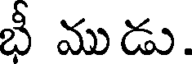
భీ ముడు.